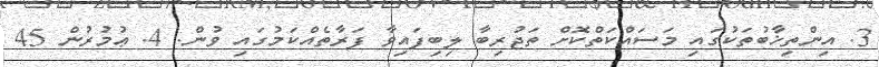
3. އިންތިޚާބުތަކުގައި މަސައްކަތްކޮށް ތަޖުރިބާ ލިބިފައިވާ ފަރާތެއްކަމުގައި ވުން. 4. ޢުމުރުން 45